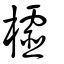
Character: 櫺